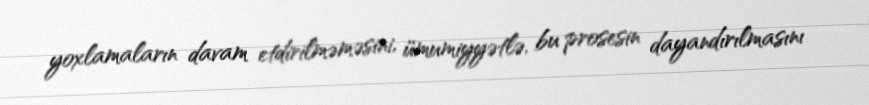
yoxlamaların davam etdirilməməsini, ümumiyyətlə, bu prosesin dayandırılmasını